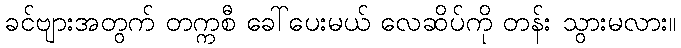
ခင်ဗျားအတွက် တက္ကစီ ခေါ်ပေးမယ် လေဆိပ်ကို တန်း သွားမလား။